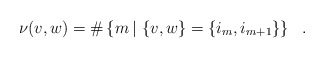
\begin{align*}\nu (v,w)=\#\left\{ m\,|\,\left\{ v,w\right\} =\left\{ i_{m},i_{m+1}\right\}\right\} ~~. \end{align*}